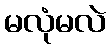
မလုံမလဲ